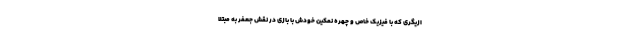
ازیگری که با فیزیک خاص و چهره نمکینِ خودش با بازی در نقش جعفر به مبتلا